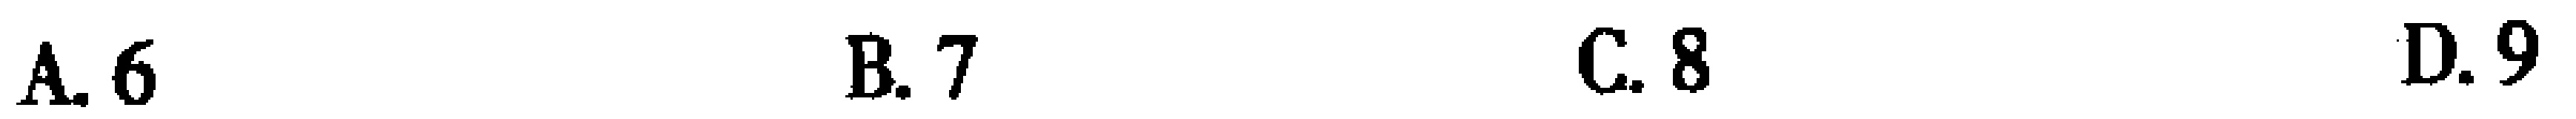
A. 6 \quad B. 7 \quad C. 8 \quad D. 9